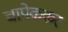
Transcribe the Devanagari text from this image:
चापेककर